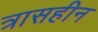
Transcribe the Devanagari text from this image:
त्रासहीन